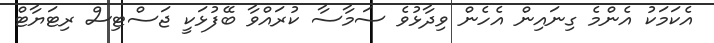
އެކަމަކު އެންމެ ގިނައިން އެހެން ވިދާޅުވެ ސަމާސާ ކުރައްވާ ބޭފުޅަކީ ޖަސްޓިސް ރިޓަޔާޓް